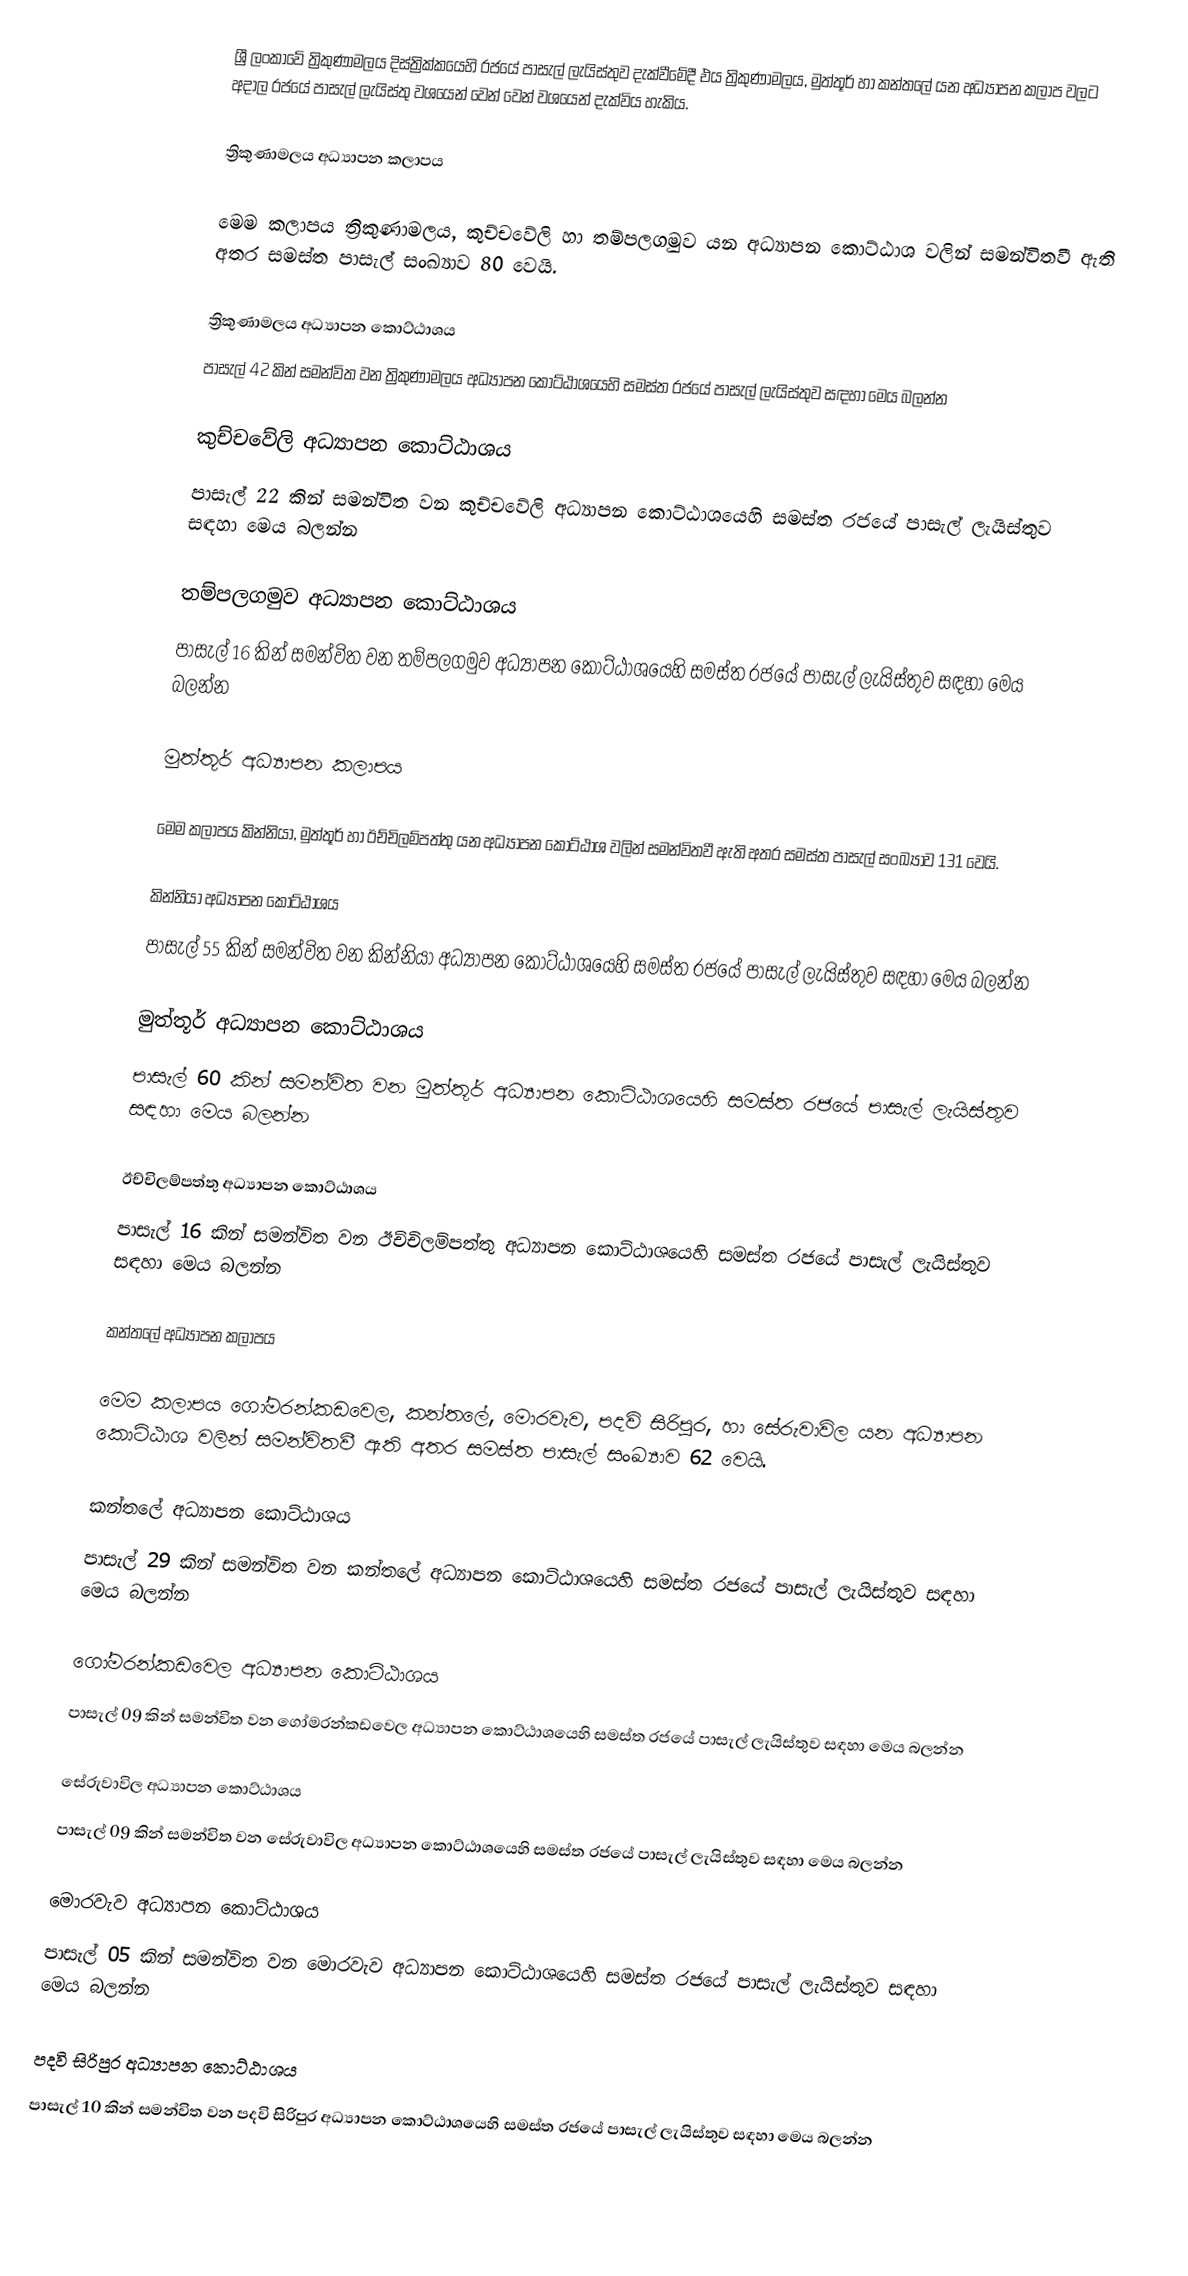
ශ්‍රී ලංකාවේ ත්‍රිකුණාමලය දිස්ත්‍රික්කයෙහි රජයේ පාසැල් ලැයිස්තුව දැක්වීමේදී එය ත්‍රිකුණාමලය, මුත්තූර් හා කන්තලේ යන අධ්‍යාපන කලාප  වලට අදාල රජයේ පාසැල් ලැයිස්තු වශයෙන් වෙන් වෙන් වශයෙන් දැක්විය හැකිය.

ත්‍රිකුණාමලය අධ්‍යාපන කලාපය

මෙම කලාපය ත්‍රිකුණාමලය, කුච්චවේලි හා තම්පලගමුව යන අධ්‍යාපන කොට්ඨාශ වලින් සමන්විතවී ඇති අතර සමස්ත පාසැල් සංඛ්‍යාව 80 වෙයි.

ත්‍රිකුණාමලය  අධ්‍යාපන කොට්ඨාශය
පාසැල් 42 කින් සමන්විත වන ත්‍රිකුණාමලය  අධ්‍යාපන කොට්ඨාශයෙහි සමස්ත රජයේ පාසැල් ලැයිස්තුව සඳහා මෙය බලන්න

කුච්චවේලි අධ්‍යාපන කොට්ඨාශය
පාසැල් 22 කින් සමන්විත වන කුච්චවේලි අධ්‍යාපන කොට්ඨාශයෙහි සමස්ත රජයේ පාසැල් ලැයිස්තුව සඳහා මෙය බලන්න

තම්පලගමුව අධ්‍යාපන කොට්ඨාශය
පාසැල් 16 කින් සමන්විත වන තම්පලගමුව අධ්‍යාපන කොට්ඨාශයෙහි සමස්ත රජයේ පාසැල් ලැයිස්තුව සඳහා මෙය බලන්න

මුත්තූර් අධ්‍යාපන කලාපය

මෙම කලාපය කින්නියා, මුත්තූර් හා ඊච්චිලම්පත්තු යන අධ්‍යාපන කොට්ඨාශ වලින් සමන්විතවී ඇති අතර සමස්ත පාසැල් සංඛ්‍යාව 131 වෙයි.

කින්නියා අධ්‍යාපන කොට්ඨාශය
පාසැල් 55 කින් සමන්විත වන කින්නියා අධ්‍යාපන කොට්ඨාශයෙහි සමස්ත රජයේ පාසැල් ලැයිස්තුව සඳහා මෙය බලන්න

මුත්තූර් අධ්‍යාපන කොට්ඨාශය
පාසැල් 60 කින් සමන්විත වන මුත්තූර් අධ්‍යාපන කොට්ඨාශයෙහි සමස්ත රජයේ පාසැල් ලැයිස්තුව සඳහා මෙය බලන්න

ඊච්චිලම්පත්තු අධ්‍යාපන කොට්ඨාශය
පාසැල් 16 කින් සමන්විත වන ඊච්චිලම්පත්තු අධ්‍යාපන කොට්ඨාශයෙහි සමස්ත රජයේ පාසැල් ලැයිස්තුව සඳහා මෙය බලන්න

කන්තලේ අධ්‍යාපන කලාපය

මෙම කලාපය ගෝමරන්කඩවෙල, කන්තලේ, මොරවැව, පදවි  සිරිපුර, හා සේරුවාවිල යන අධ්‍යාපන කොට්ඨාශ වලින් සමන්විතවී ඇති අතර සමස්ත පාසැල් සංඛ්‍යාව 62 වෙයි.

කන්තලේ අධ්‍යාපන කොට්ඨාශය
පාසැල් 29 කින් සමන්විත වන කන්තලේ අධ්‍යාපන කොට්ඨාශයෙහි සමස්ත රජයේ පාසැල් ලැයිස්තුව සඳහා මෙය බලන්න

ගෝමරන්කඩවෙල අධ්‍යාපන කොට්ඨාශය
පාසැල් 09 කින් සමන්විත වන ගෝමරන්කඩවෙල අධ්‍යාපන කොට්ඨාශයෙහි සමස්ත රජයේ පාසැල් ලැයිස්තුව සඳහා මෙය බලන්න

සේරුවාවිල අධ්‍යාපන කොට්ඨාශය
පාසැල් 09 කින් සමන්විත වන සේරුවාවිල අධ්‍යාපන කොට්ඨාශයෙහි සමස්ත රජයේ පාසැල් ලැයිස්තුව සඳහා මෙය බලන්න

මොරවැව අධ්‍යාපන කොට්ඨාශය
පාසැල් 05 කින් සමන්විත වන මොරවැව අධ්‍යාපන කොට්ඨාශයෙහි සමස්ත රජයේ පාසැල් ලැයිස්තුව සඳහා මෙය බලන්න

පදවි  සිරිපුර අධ්‍යාපන කොට්ඨාශය
පාසැල් 10 කින් සමන්විත වන පදවි  සිරිපුර අධ්‍යාපන කොට්ඨාශයෙහි සමස්ත රජයේ පාසැල් ලැයිස්තුව සඳහා මෙය බලන්න